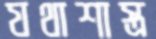
যথাশাস্ত্র